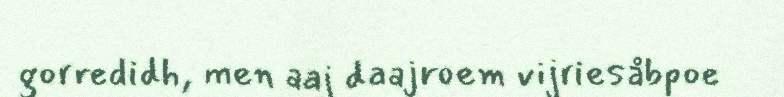
gorredidh, men aaj daajroem vijriesåbpoe